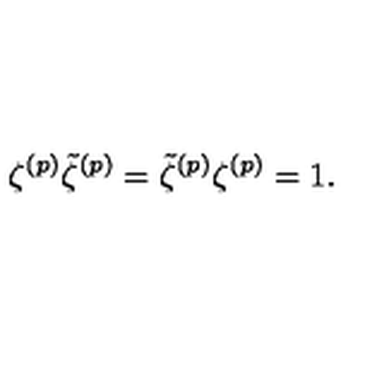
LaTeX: \zeta ^ { ( p ) } \tilde { \zeta } ^ { ( p ) } = \tilde { \zeta } ^ { ( p ) } \zeta ^ { ( p ) } = 1 .